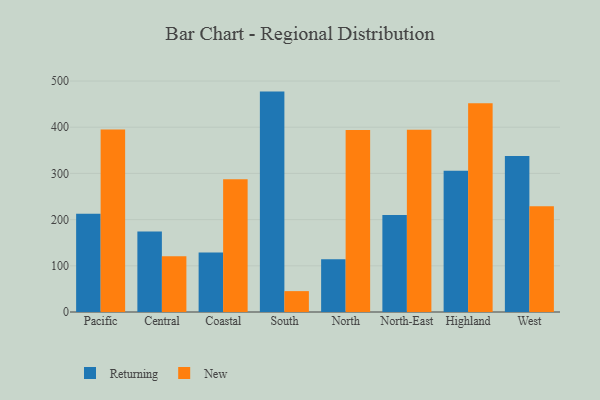
{"axis": {"x": "Region", "y": "Inventory Turnover"}, "legend": ["New", "Returning"], "data": [{"x": "Pacific", "y": 212.6, "type": "Returning"}, {"x": "Pacific", "y": 394.9, "type": "New"}, {"x": "Central", "y": 174.1, "type": "Returning"}, {"x": "Central", "y": 120.8, "type": "New"}, {"x": "Coastal", "y": 129.0, "type": "Returning"}, {"x": "Coastal", "y": 287.2, "type": "New"}, {"x": "South", "y": 477.1, "type": "Returning"}, {"x": "South", "y": 45.2, "type": "New"}, {"x": "North", "y": 114.3, "type": "Returning"}, {"x": "North", "y": 393.8, "type": "New"}, {"x": "North-East", "y": 209.8, "type": "Returning"}, {"x": "North-East", "y": 394.3, "type": "New"}, {"x": "Highland", "y": 306.0, "type": "Returning"}, {"x": "Highland", "y": 451.7, "type": "New"}, {"x": "West", "y": 337.5, "type": "Returning"}, {"x": "West", "y": 228.9, "type": "New"}]}